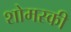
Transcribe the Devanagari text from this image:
शोमस्की